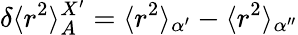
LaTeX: \delta\langle r^{2}\rangle_{A}^{X^{\prime}}=\langle r^{2}\rangle_{\alpha^{\prime}}-\langle r^{2}\rangle_{\alpha^{\prime\prime}}